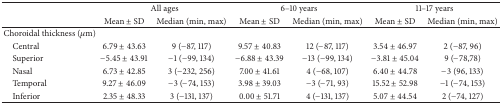
|  | <COLSPAN=2> All ages | <COLSPAN=2> 6–10 years | <COLSPAN=2> 11–17 years |
 |  | Mean ± SD | Median (min, max) | Mean ± SD | Median (min, max) | Mean ± SD | Median (min, max) |
 | --- | --- | --- | --- | --- | --- | --- |
 | Choroidal thickness (μm) |  |  |  |  |  |  |
 | Central | 6.79 ± 43.63 | 9 (−87, 117) | 9.57 ± 40.83 | 12 (−87, 117) | 3.54 ± 46.97 | 2 (−87, 96) |
 | Superior | −5.45 ± 43.91 | −1 (−99, 134) | −6.88 ± 43.39 | −13 (−99, 134) | −3.81 ± 45.04 | 9 (−78,78) |
 | Nasal | 6.73 ± 42.85 | 3 (−232, 256) | 7.00 ± 41.61 | 4 (−68, 107) | 6.40 ± 44.78 | −3 (96, 133) |
 | Temporal | 9.27 ± 46.09 | −3 (−74, 153) | 3.98 ± 39.03 | −3 (−71, 93) | 15.52 ± 52.98 | −1 (−74, 153) |
 | Inferior | 2.35 ± 48.33 | 3 (−131, 137) | 0.00 ± 51.71 | 4 (−131, 137) | 5.07 ± 44.54 | 2 (−74, 127) |